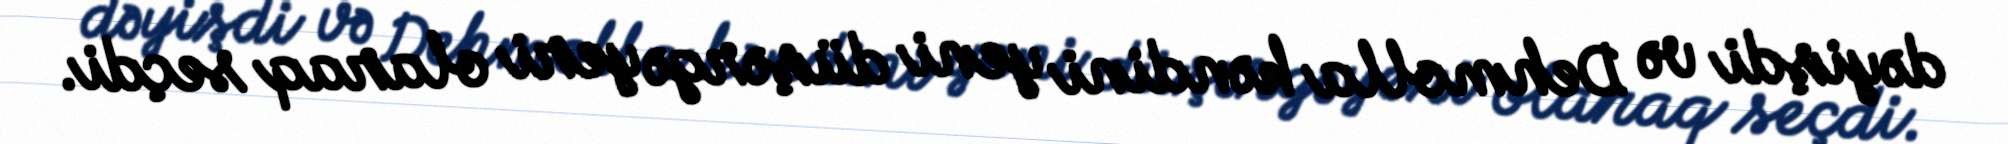
dəyişdi və Dehmolla kəndini yeni düşərgə yeri olaraq seçdi.